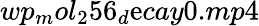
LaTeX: wp_{m}ol_{2}56_{d}\mathrm{e}cay0.mp4